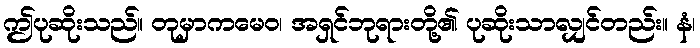
ဤပုဆိုးသည်။ တုမှာကမေဝ၊ အရှင်ဘုရားတို့၏ ပုဆိုးသာလျှင်တည်း။ နံ၊